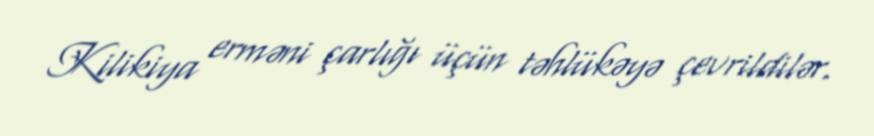
Kilikiya erməni çarlığı üçün təhlükəyə çevrildilər.